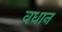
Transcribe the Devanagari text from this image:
वधान